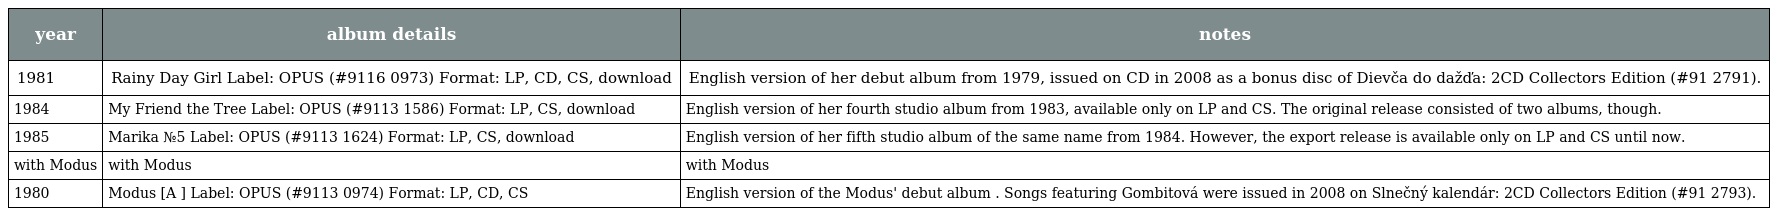
| year | album details | notes |
 | --- | --- | --- |
 | 1981 | Rainy Day Girl Label: OPUS (#9116 0973) Format: LP, CD, CS, download | English version of her debut album from 1979, issued on CD in 2008 as a bonus disc of Dievča do dažďa: 2CD Collectors Edition (#91 2791). |
 | 1984 | My Friend the Tree Label: OPUS (#9113 1586) Format: LP, CS, download | English version of her fourth studio album from 1983, available only on LP and CS. The original release consisted of two albums, though. |
 | 1985 | Marika №5 Label: OPUS (#9113 1624) Format: LP, CS, download | English version of her fifth studio album of the same name from 1984. However, the export release is available only on LP and CS until now. |
 | with Modus | with Modus | with Modus |
 | 1980 | Modus [A ] Label: OPUS (#9113 0974) Format: LP, CD, CS | English version of the Modus' debut album . Songs featuring Gombitová were issued in 2008 on Slnečný kalendár: 2CD Collectors Edition (#91 2793). |